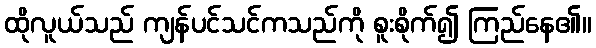
ထိုလူယ်သည် ကျန်ပင်သင်ကသည်ကို စူးစိုက်၍ ကြည်နေ၏။